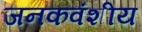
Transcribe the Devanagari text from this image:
जनकवंशीय